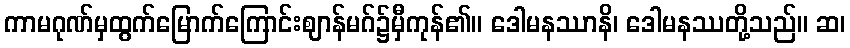
ကာမဂုဏ်မှထွက်မြောက်ကြောင်းဈာန်မဂ်၌မှီကုန်၏။ ဒေါမနဿာနိ၊ ဒေါမနဿတို့သည်။ ဆ၊